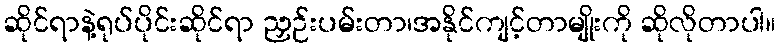
ဆိုင်ရာနဲ့ရုပ်ပိုင်းဆိုင်ရာ ညှဉ်းပမ်းတာ၊အနိုင်ကျင့်တာမျိုးကို ဆိုလိုတာပါ။